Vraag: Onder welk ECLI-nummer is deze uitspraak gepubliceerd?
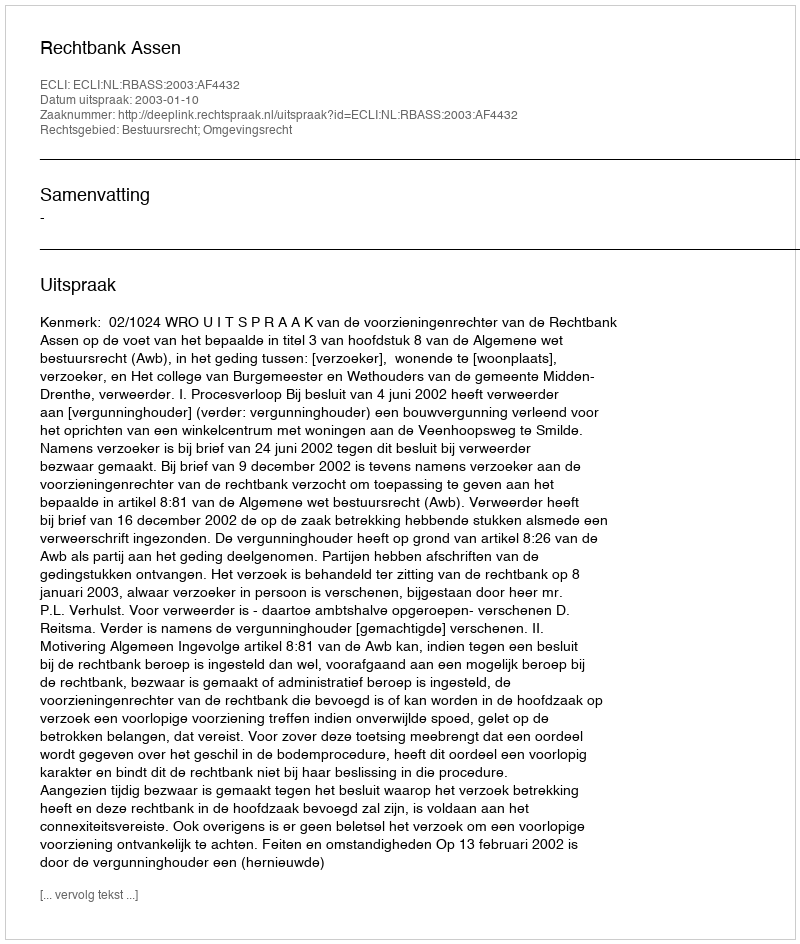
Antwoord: ECLI:NL:RBASS:2003:AF4432